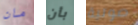
مان بأن صوتية